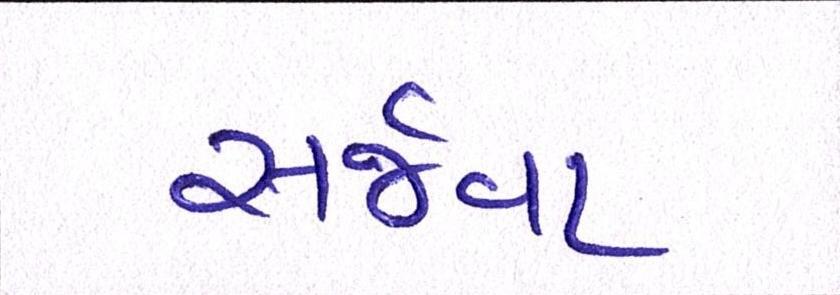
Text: સર્જવા